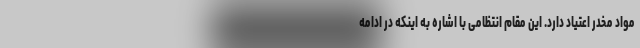
مواد مخدر اعتیاد دارد. این مقام انتظامی با اشاره به اینکه در ادامه